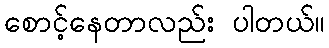
စောင့်နေတာလည်း ပါတယ်။